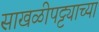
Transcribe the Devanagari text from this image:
साखळीपट्ट्याच्या